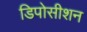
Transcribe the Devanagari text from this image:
डिपोसीशन